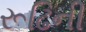
રૂઢિની